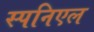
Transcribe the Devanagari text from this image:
स्पनिएल